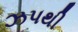
ઝપથી